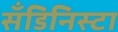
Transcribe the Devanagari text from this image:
सँडिनिस्टा